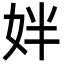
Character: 姅